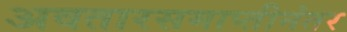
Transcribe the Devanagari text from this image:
अवतारसमाप्तीनंतर